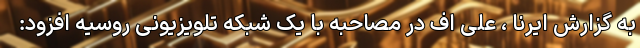
به گزارش ایرنا ، علی اف در مصاحبه با یک شبکه تلویزیونی روسیه افزود: